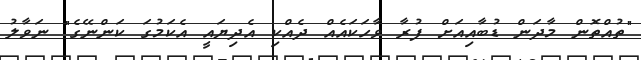
"ތުއްތޮން މާދަން ޑުބާއިއަށް ފުރާ ވާހަކައެއް ދެއްކި އެދިޔައީ އެކަމުގަ ކަންނޭގެ" ނަވާލު